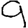
Digit: 9